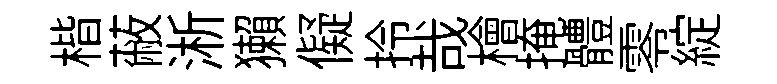
楷蔽淅獺儗拎哉檜掩體零綻